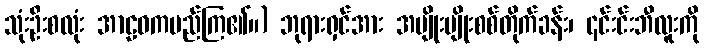
သုံးဦးစလုံး အာဠဝကမည်ကြ၏။) ဘုရားရှင်အား အမျိုးမျိုးစစ်တိုက်ခန်း၊ ၎င်းင်းဘီလူးကို